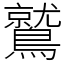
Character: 鷲